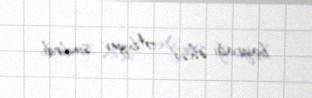
bayrağı Əhəd Abıyev sındırdı.